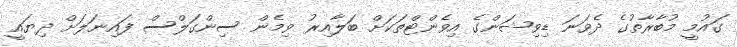
ގައުމީ މުބާރާތުގެ ދެވަނަ ޑިވިޝަންގެ އިވެންޓްތަކަށް ބަލާއިރު ވިމެން ސިންގަލްސް ފައިނަލަށް ދިޔައީ